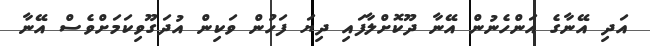
އަދި އޭނާގެ އަންހެނުން އޭނާ ދޫކޮށްލާފައި ދިޔަ ފަހުން ވަކިން އުދަގޫވިކަމަށްވެސް އޭނާ